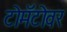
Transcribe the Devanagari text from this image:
टोमॅटोवर